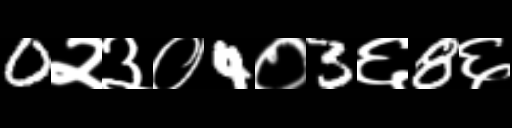
Text: 0२३०4०3६8६